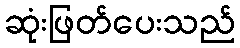
ဆုံးဖြတ်ပေးသည်